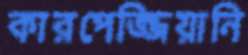
কারপেজ্জিয়ানি